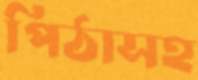
পিঠাসহ